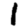
Digit: 1